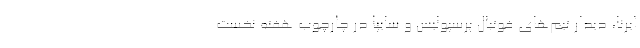
ایرنا، دیدار تیم‌های فوتبال پرسپولیس و سایپا در چارچوب هفته نخست